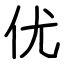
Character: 优